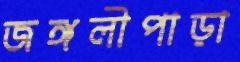
জঙ্গলীপাড়া